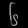
Digit: ၆